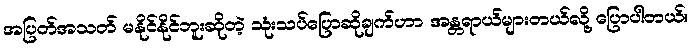
အပြတ်အသတ် မနိုင်နိုင်ဘူးဆိုတဲ့ သုံးသပ်ပြောဆိုချက်ဟာ အန္တရာယ်များတယ်လို့ ပြောပါတယ်။